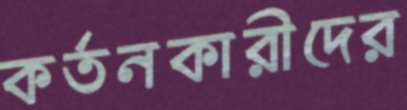
কর্তনকারীদের